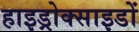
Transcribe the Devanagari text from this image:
हाइड्रोक्साइडों